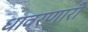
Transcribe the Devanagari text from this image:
धावरणारी